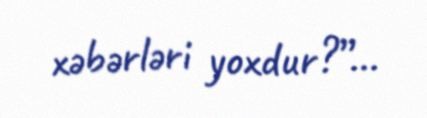
xəbərləri yoxdur?”...